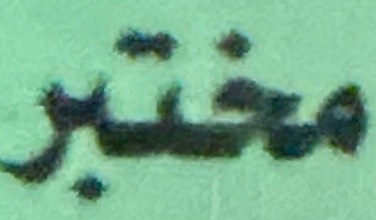
مختبر